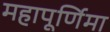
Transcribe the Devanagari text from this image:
महापूर्णिमा